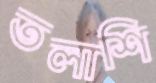
তলাশি